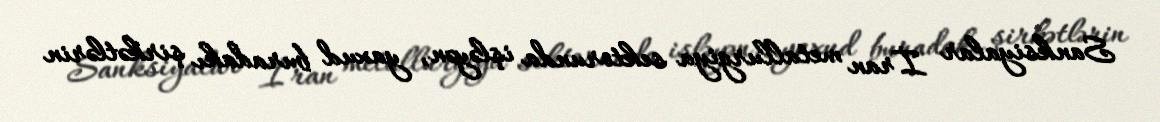
Sanksiyalar İran metallurgiya sektorunda işləyən, yaxud buradakı şirkətlərin